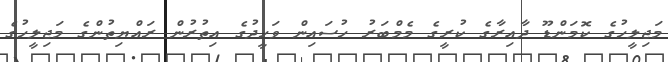
މަޖިލީހުގެ ކޮމަންޑޫ ދާއިރާގެ ކުރީގެ މެމްބަރު ހުސައިން ވަހީދުގެ އިތުރުން ރައްޔިތުންގެ މަޖިލީހުގެ